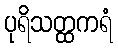
ပုရိသတ္ထကရံ